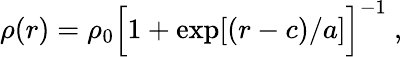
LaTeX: \rho(r)=\rho_{0}\Big[1+\exp[(r-c)/a]\Big]^{-1}\ ,